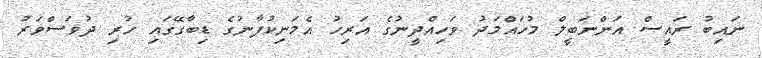
ނައިބު ރައީސް އަންނަބީލް މުހައްމަދު ވަހިއްދީނުގެ އަރިހު އެމަނިކުފާނުގެ ޑިބާގޭގައި ހުރި ދުވަސްވަރު